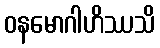
ဝနမောဂါဟိဿသိ